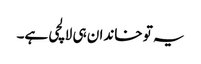
یہ تو خاندان ہی لالچی ہے۔